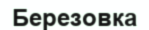
Березовка